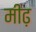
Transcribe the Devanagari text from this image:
मीढ़